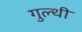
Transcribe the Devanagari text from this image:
गुल्थी